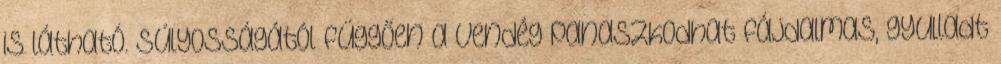
is látható. Súlyosságától függően a vendég panaszkodhat fájdalmas, gyulladt